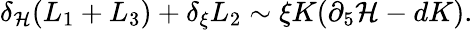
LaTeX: \delta_{\cal H}(L_{1}+L_{3})+\delta_{\xi}L_{2}\sim\xi K(\partial_{5}{\cal H}-dK).